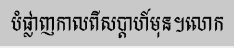
បំផ្លាញកាលពីសប្តាហ៍មុន។លោក